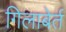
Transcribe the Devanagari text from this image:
गिलाबेर्त